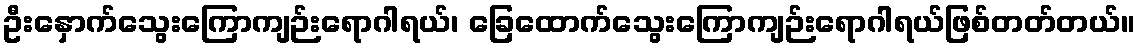
ဦးနှောက်သွေးကြောကျဉ်းရောဂါရယ်၊ ခြေထောက်သွေးကြောကျဉ်းရောဂါရယ်ဖြစ်တတ်တယ်။